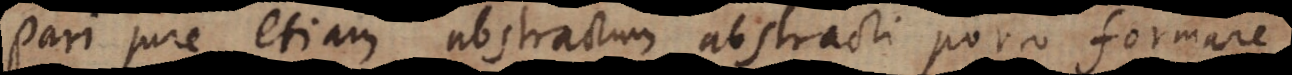
Pari jure etiam abstractum abstracti porro formare